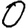
Digit: 0